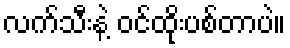
လက်သီးနဲ့ ဝင်ထိုးပစ်တာပဲ။